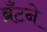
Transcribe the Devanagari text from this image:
ब्रँटने